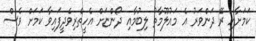
ކަމަށާއި ރޭ ދަންވަރު އެ މައުލޫމާތު ލިބުމާއި ދޯންޏަށް އެހީތެރިވެދީފައިވާ ކަމަށް ވެސް